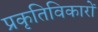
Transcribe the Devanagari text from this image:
प्रकृतिविकारों